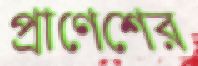
প্রাণেশের